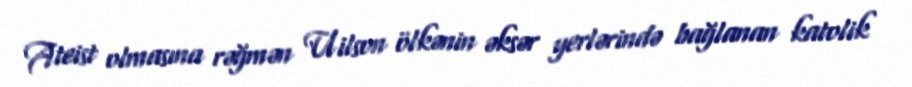
Ateist olmasına rəğmən Uilson ölkənin əksər yerlərində bağlanan katolik